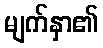
မျက်နှာ၏